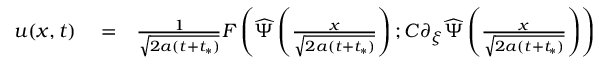
\begin{array} { r l r } { u ( x , t ) } & { { } = } & { \frac { 1 } { \sqrt { 2 a ( t + t _ { * } ) } } F \left( \widehat { \Psi } \left( \frac { x } { \sqrt { 2 a ( t + t _ { * } ) } } \right) ; C \partial _ { \xi } \widehat { \Psi } \left( \frac { x } { \sqrt { 2 a ( t + t _ { * } ) } } \right) \right) } \end{array}